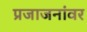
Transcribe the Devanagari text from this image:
प्रजाजनांवर